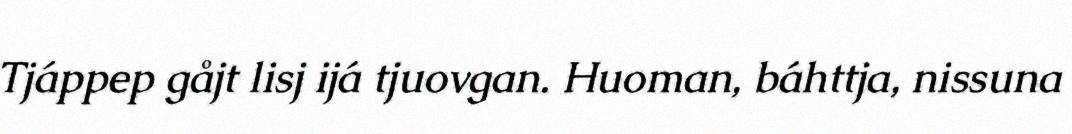
Tjáppep gåjt lisj ijá tjuovgan. Huoman, báhttja, nissuna